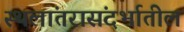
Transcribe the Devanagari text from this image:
स्थलांतरासंदर्भातील